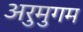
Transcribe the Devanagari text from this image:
अरुमुगम